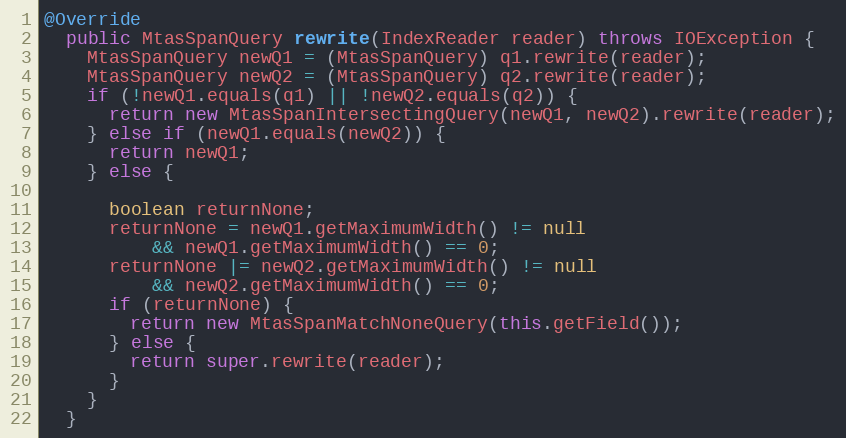
Language: Java
@Override
  public MtasSpanQuery rewrite(IndexReader reader) throws IOException {
    MtasSpanQuery newQ1 = (MtasSpanQuery) q1.rewrite(reader);
    MtasSpanQuery newQ2 = (MtasSpanQuery) q2.rewrite(reader);
    if (!newQ1.equals(q1) || !newQ2.equals(q2)) {
      return new MtasSpanIntersectingQuery(newQ1, newQ2).rewrite(reader);
    } else if (newQ1.equals(newQ2)) {
      return newQ1;
    } else {

      boolean returnNone;
      returnNone = newQ1.getMaximumWidth() != null
          && newQ1.getMaximumWidth() == 0;
      returnNone |= newQ2.getMaximumWidth() != null
          && newQ2.getMaximumWidth() == 0;
      if (returnNone) {
        return new MtasSpanMatchNoneQuery(this.getField());
      } else {
        return super.rewrite(reader);
      }
    }
  }